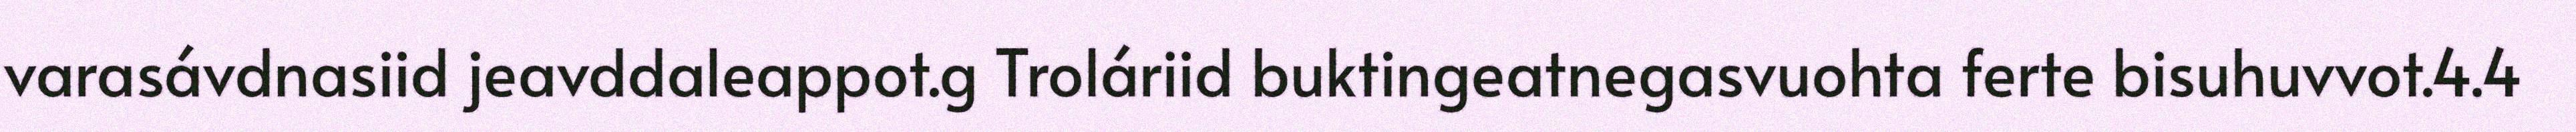
varasávdnasiid jeavddaleappot.g Troláriid buktingeatnegasvuohta ferte bisuhuvvot.4.4